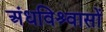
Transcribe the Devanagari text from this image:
अंधविश्र्वासों